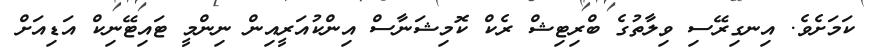
ކަމަށެވެ. އިނގިރޭސި ވިލާތުގެ ބްރިޓިޝް ރެކް ކޮމިޝަނާސް އިންކުއަރީއިން ނިންމީ ޓައިޓޭނިކް އަޑިއަށް